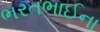
ભરતભાઈના